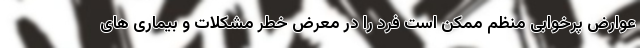
عوارض پرخوابی منظم ممکن است فرد را در معرض خطر مشکلات و بیماری های